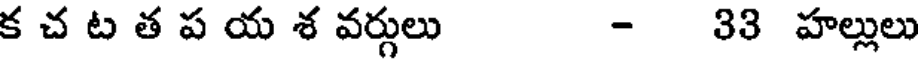
క చ ట త ప య శ వర్గులు - 33 హల్లులు